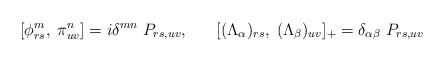
\begin{align*}[\phi^{m}_{rs},\;\pi^{n}_{uv}] = i \delta^{mn} \;P_{rs,uv},\;\;\;\;\;\;[(\Lambda_{\alpha})_{rs},\; (\Lambda_{\beta})_{uv}]_{+} = \delta_{\alpha \beta} \; P_{rs,uv}\end{align*}